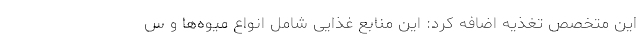
این متخصص تغذیه اضافه کرد: این منابع غذایی شامل انواع میوه‌ها و س